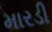
મારડી